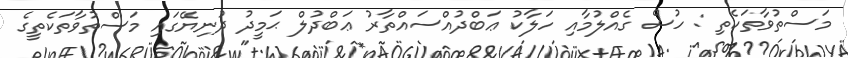
މަސްތުވާތަކެތި : ހުސް ގެއްލުމާއި ހަލާކު ޢަބްދުއްސައްތާރު ޢަބްދުލް ޙަމީދު ދުނިޔޭގައި މަސްތުވާތަކެތީގެ